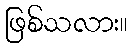
ဖြစ်သလား။